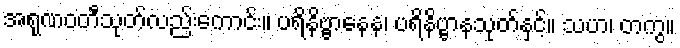
အရုဏဝတီသုတ်လည်းကောင်း။ ပရိနိဗ္ဗာနေန၊ ပရိနိဗ္ဗာနသုတ်နှင့်။ သဟ၊ တကွ။